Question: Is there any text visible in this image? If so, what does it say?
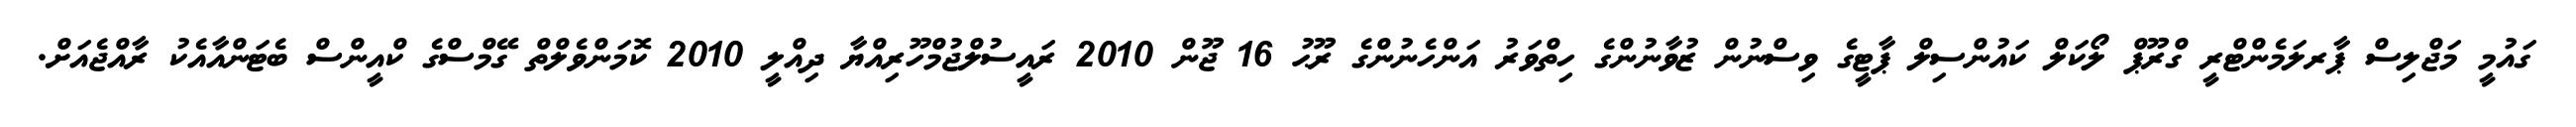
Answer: ގައުމީ މަޖްލިސް ޕާރލަމެންޓްރީ ގްރޫޕް ލޯކަލް ކައުންސިލް ޕާޓީގެ ވިސްނުން ޒުވާނުންގެ ހިތްވަރު އަންހެނުންގެ ރޫޙު 16 ޖޫން 2010 ރައީސުލްޖުމްހޫރިއްޔާ ދިއްލީ 2010 ކޮމަންވެލްތް ގޭމްސްގެ ކްއީންސް ބެޓަންއާއެކު ރާއްޖެއަށް.